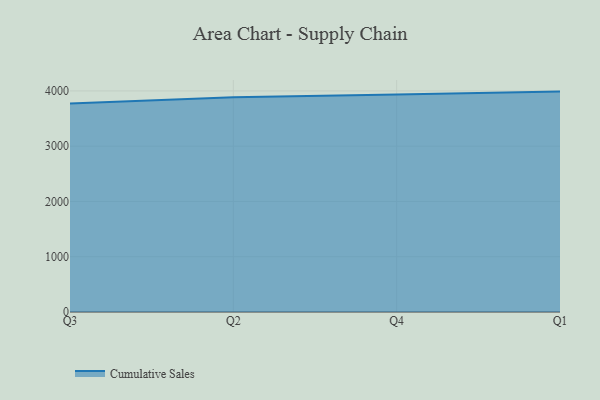
{"axis": {"x": "Quarter", "y": "Bounce Rate (%)"}, "legend": ["Cumulative Sales"], "data": [{"x": "Q3", "y": 3774.1, "type": "Cumulative Sales"}, {"x": "Q2", "y": 3886.9, "type": "Cumulative Sales"}, {"x": "Q4", "y": 3933.7, "type": "Cumulative Sales"}, {"x": "Q1", "y": 3987.6, "type": "Cumulative Sales"}]}